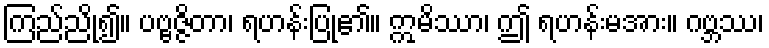
ကြည်ညို၍။ ပဗ္ဗဇ္ဇိတာ၊ ရဟန်းပြု၏။ ဣမိဿာ၊ ဤ ရဟန်းမအား။ ဂဗ္ဘဿ၊